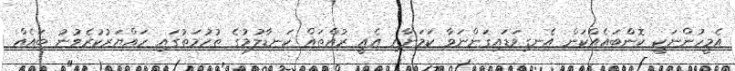
އެމީހުންނަކީ ކޮންބައެއްކަން އެނގިވަޑައިގަންނަވާ ކަމަށާއި އެއީ ރުއްތައް ކަނޑާލުމުގެ ތުހުމަތުގައި ހައްޔަރުކުރެވުނު ބައެއް